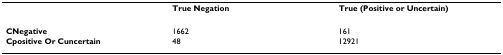
|  | True Negation | True (Positive or Uncertain) |
 | --- | --- | --- |
 | CNegative | 1662 | 161 |
 | Cpositive Or Cuncertain | 48 | 12921 |